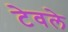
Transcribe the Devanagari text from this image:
टेवले